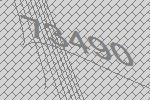
73490